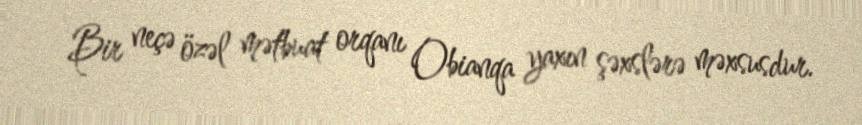
Bir neçə özəl mətbuat orqanı Obianqa yaxın şəxslərə məxsusdur.